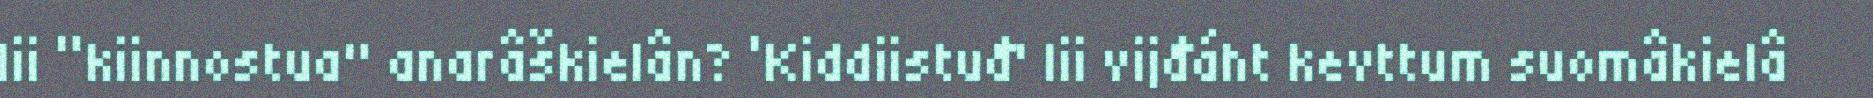
lii “kiinnostua" anarâškielân? ‘Kiddiistuđ' lii vijđáht kevttum suomâkielâ